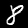
Digit: 8